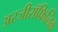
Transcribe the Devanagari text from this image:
अरजीरॉफिलिक